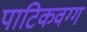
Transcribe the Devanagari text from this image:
पाटिकवग्ग